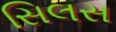
સિલસ